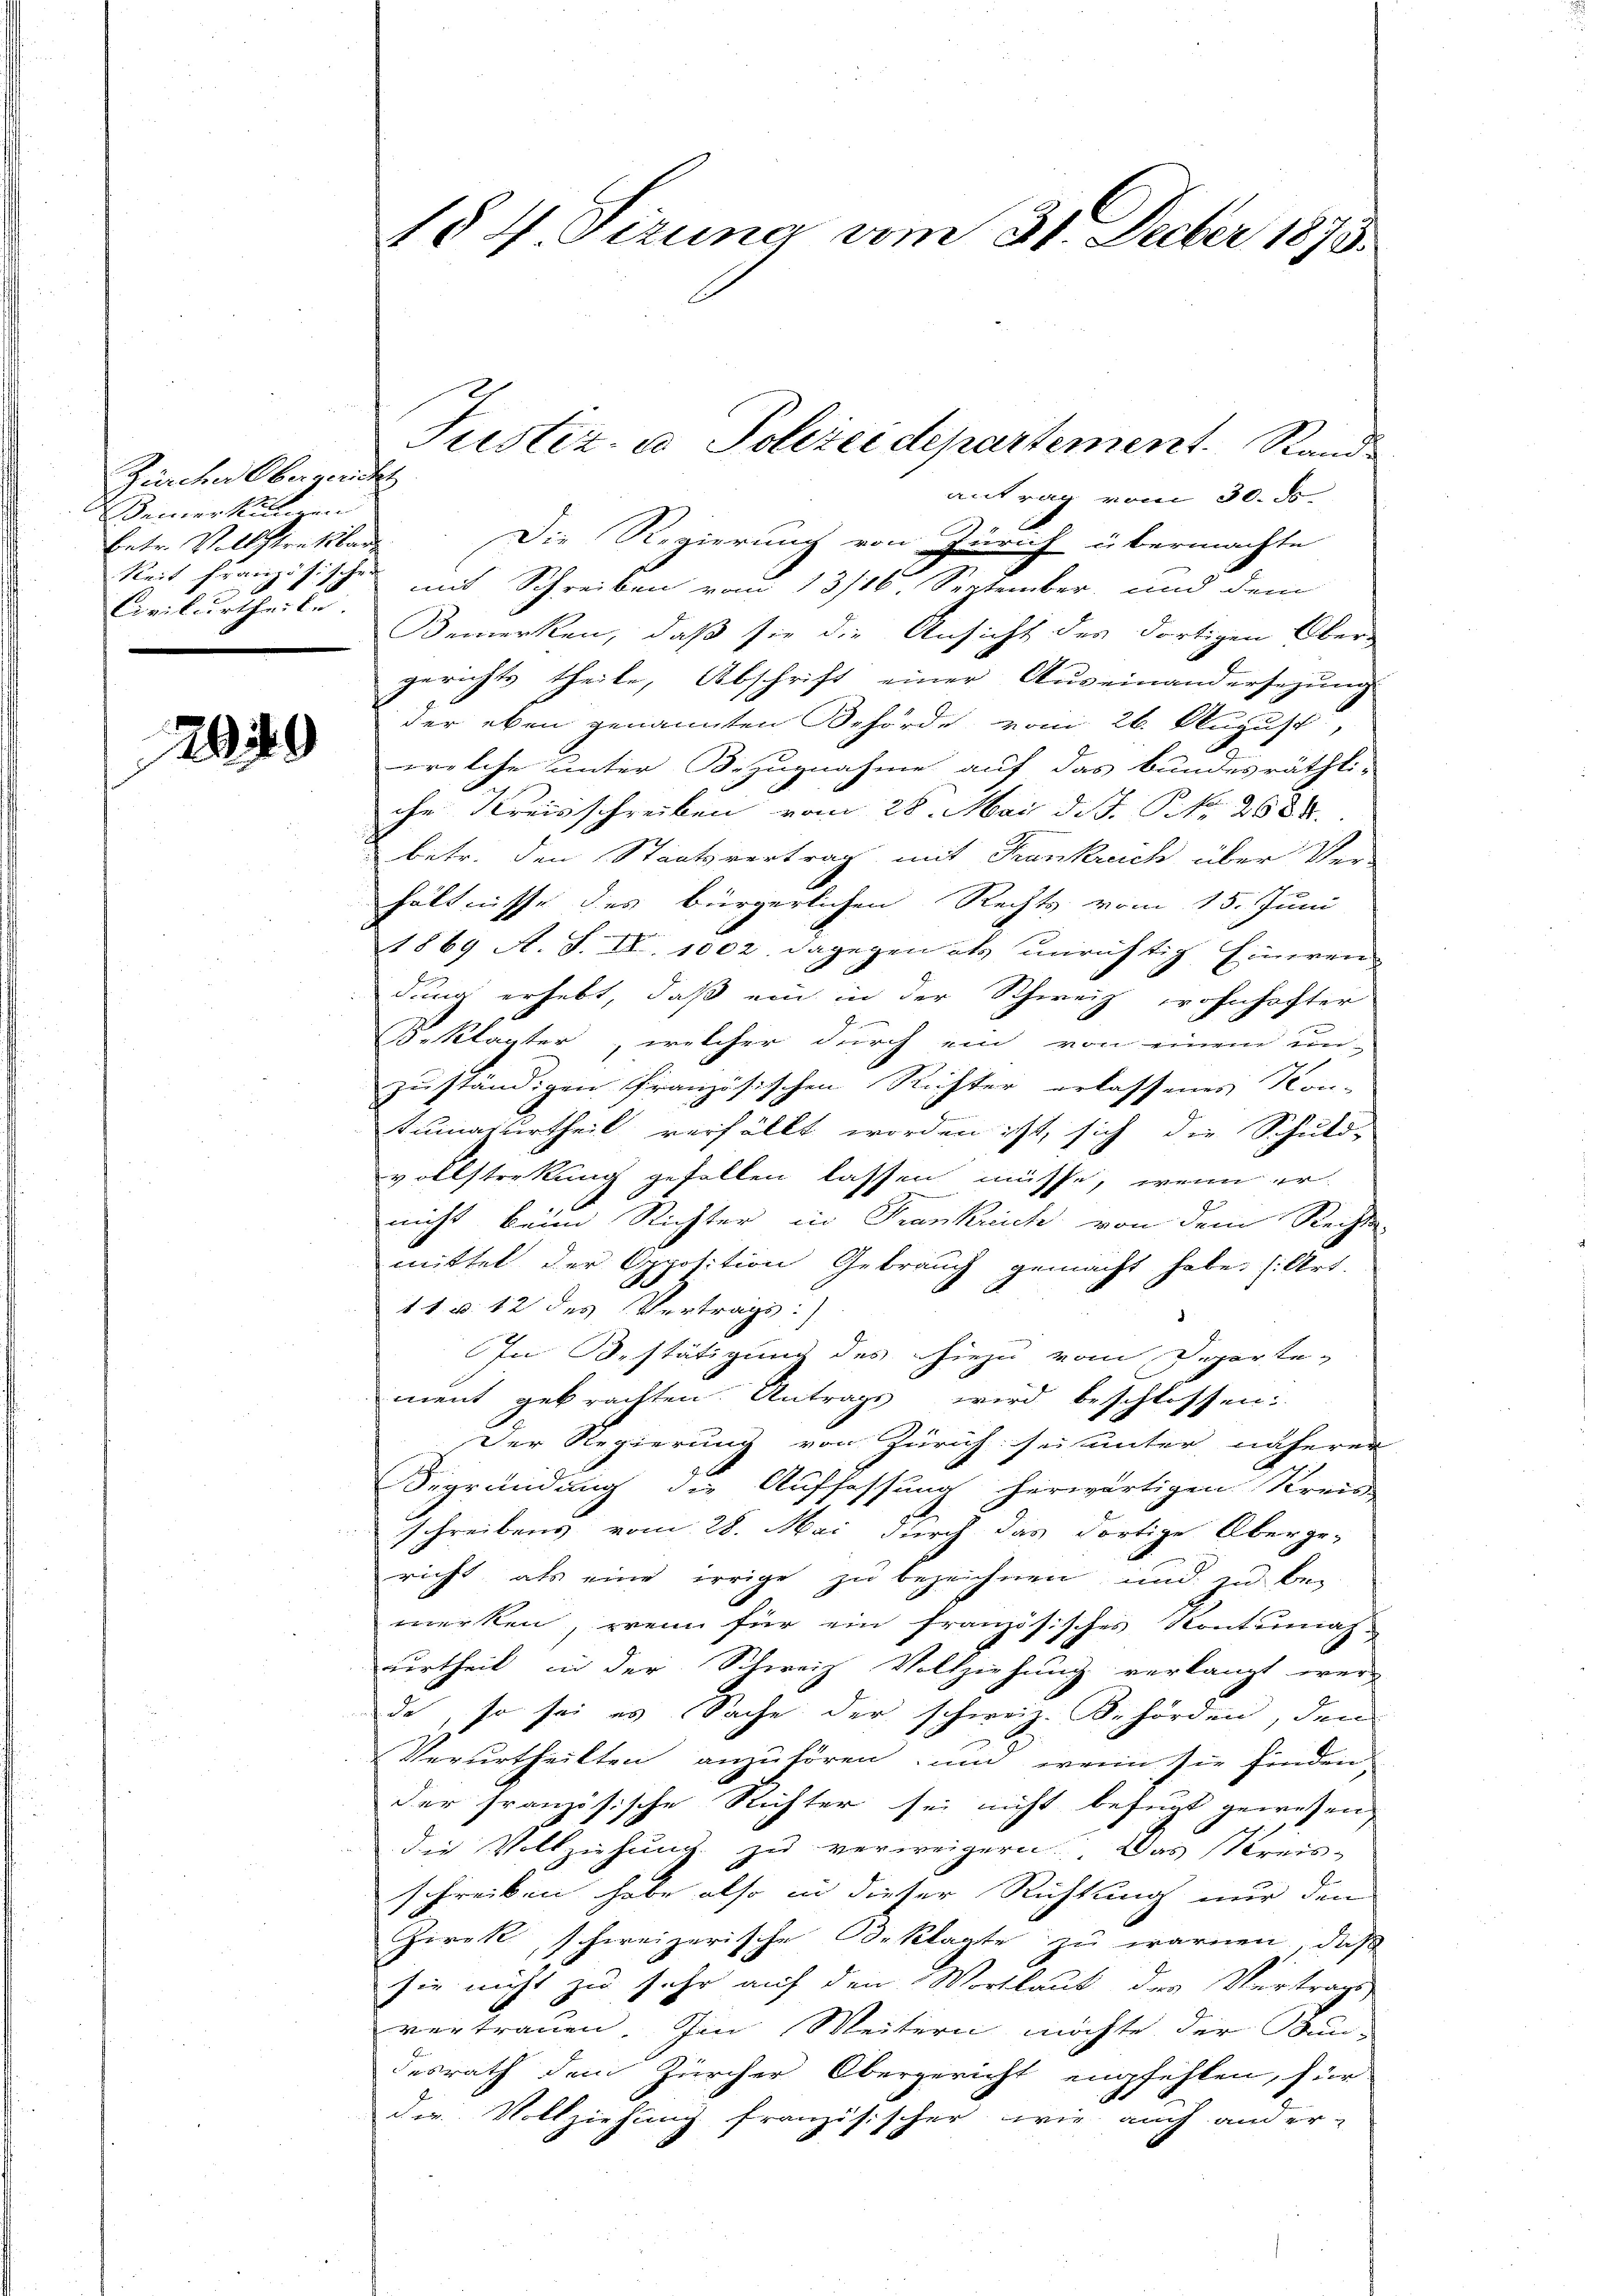
Zürcher Obergantes
Bemerkund in
betr. Vollstratsbar
Civilurtheile.

2029

antrag vom 30. ds.
Die Regierung von Zürich übermachte
keit französischen mit Schreiben vom 13/16. September, und dem
Bemerken, daß sie die Ansicht der dortigen Ober-
gerichts theile, Abschrift einer Auseinandersezung
der eben genannten Behörde vom 26. August,
welche unter Bezugnahme auf das bundesräthli-
che Kreisschreiben vom 28. Mai d.J. P. 2600.
betr. den Staatsvertrag mit Frankreich über Ver-
hältnisse des bürgerlichen Rechts vom 15. Juni
1869 A. S. IV. 1002. dagegen als unrichtig Eineren
dung erhebt, daß ein in der Schweiz wohnhafter
3. Klagter, welcher durch ein von einem un-
zuständigen französischen Richter erlassenes Kon-
Tumazuurtheil verfällt worden ist, sich die Schuld-
vollsterkung gefallen lassen müsse, wenn er
nicht beim Richter in Frankrich von dem Rechts-
mittel der Opposition Gebrauch gemacht habe, s. Art.
11 u. 12 des Vertrags)
In Bestätigung des hiezu vom Departe-
ment gebrachten Antrags wird beschlossen:
Der Regierung von Zürich sie unter näherer
Segründung die Auffassung herwärtigen Kreis
schreibens vom 28. Mai durch das dortige Überge-
richt, als eine irrige zu bezeichnen und zu be-
merken, wenn für ein französisches Kontumas-
uurtheil in der Schweiz Vollziehung verlangt wer-
de, so sei es Sache der schweiz. Behörden, den
Verurtheilten anzuhören, um wenn sie finden
der französische Richter sei nicht befugt gewesen,
die Vollziehung zu verweigern. Das Kreis-
schreiben habe also in dieser Richtung nur den
Girck, schweizerische Beklagte zu warnen, daß
sie nicht zu sehr auf den Wortlaut des Vertrags
vertrauen. Im Weitern möchte der Bun-
desrath dem Zürcher Obergericht empfehlen, für
die Vollziehung französischer, wie auch ander

184 Sizung vom 31. Decber 1873.

Justiz- u Polizeidepartement. Stand